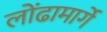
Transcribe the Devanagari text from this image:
लोंढामार्गे